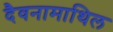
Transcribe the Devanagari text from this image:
दैवनामाथिल